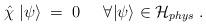
LaTeX: \begin{align*}{\hat \chi} \; | \psi \rangle \;=\; 0 \;\;\;\;\; \forall |\psi\rangle \in {\mathcal H}_{phys} \;.\end{align*}